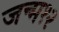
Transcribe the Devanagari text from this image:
जन्म१२